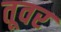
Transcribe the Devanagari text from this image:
तूवर